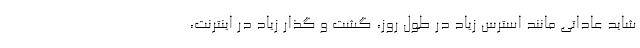
شاید عاداتی مانند استرس زیاد در طول روز، گشت و گذار زیاد در اینترنت،